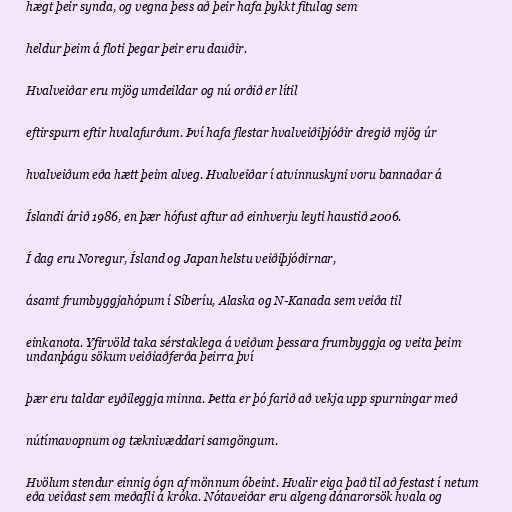
hægt þeir synda, og vegna þess að þeir hafa þykkt fitulag sem

heldur þeim á floti þegar þeir eru dauðir.

Hvalveiðar eru mjög umdeildar og nú orðið er lítil

eftirspurn eftir hvalafurðum. Því hafa flestar hvalveiðiþjóðir dregið mjög úr

hvalveiðum eða hætt þeim alveg. Hvalveiðar í atvinnuskyni voru bannaðar á

Íslandi árið 1986, en þær hófust aftur að einhverju leyti haustið 2006.

Í dag eru Noregur, Ísland og Japan helstu veiðiþjóðirnar,

ásamt frumbyggjahópum í Síberíu, Alaska og N-Kanada sem veiða til

einkanota. Yfirvöld taka sérstaklega á veiðum þessara frumbyggja og veita þeim
undanþágu sökum veiðiaðferða þeirra því

þær eru taldar eyðileggja minna. Þetta er þó farið að vekja upp spurningar með

nútímavopnum og tæknivæddari samgöngum.

Hvölum stendur einnig ógn af mönnum óbeint. Hvalir eiga það til að festast í netum
eða veiðast sem meðafli á króka. Nótaveiðar eru algeng dánarorsök hvala og